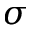
\boldsymbol { \sigma }